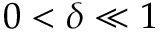
0 < \delta \ll 1